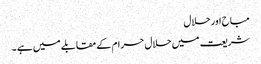
مباح اور حلال
شریعت میں حلال حرام کے مقابلے میں ہے ۔